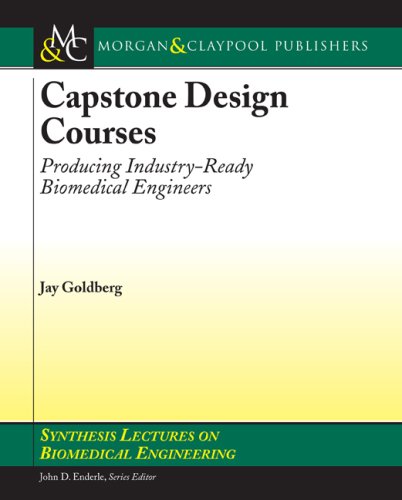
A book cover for Capstone Design Courses: Producing Industry-Ready Biomedical Engineers (Synthesis Lectures on Biomedical Engineering); Jay Goldberg; Science & Math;